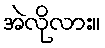
အဲလိုလား။